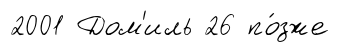
2001 Дом'иль 26 по́зже